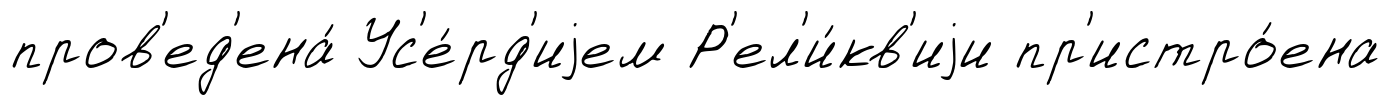
пров'ед'ена́ Ус'е́рд'иjем Р'ел'и́кв'иjи пр'истро́ена